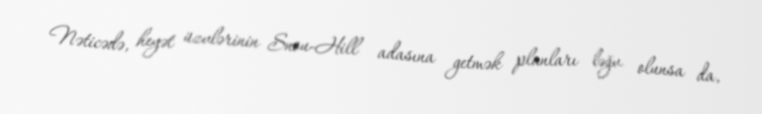
Nəticədə, heyət üzvlərinin Snou-Hill adasına getmək planları ləğv olunsa da,